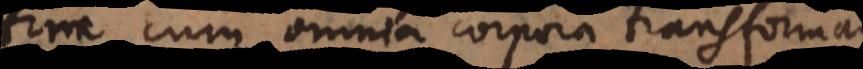
cum omnia corpora transformar